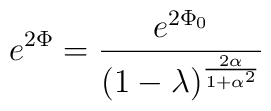
e^{2\Phi} = {e^{2\Phi_{0}}\over (1 - \lambda)^{2\alpha\over1 +\alpha^{2}}}